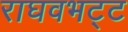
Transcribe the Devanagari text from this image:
राघवभट्ट